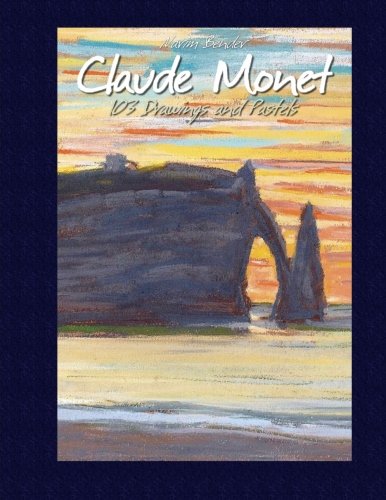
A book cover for Claude Monet: 103 Drawings and Pastels; Narim Bender; Arts & Photography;